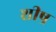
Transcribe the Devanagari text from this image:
शीष्र